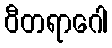
ဝီတရာဂေါ